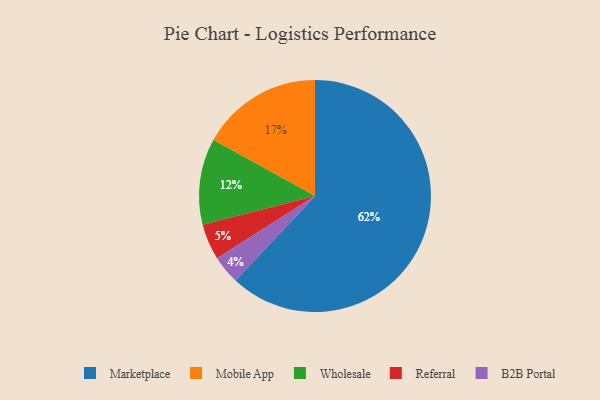
{"axis": {"x": "Category", "y": "Percentage"}, "legend": ["B2B Portal", "Marketplace", "Mobile App", "Referral", "Wholesale"], "data": [{"x": "Mobile App", "y": 17, "type": "Mobile App"}, {"x": "Marketplace", "y": 62, "type": "Marketplace"}, {"x": "Wholesale", "y": 12, "type": "Wholesale"}, {"x": "Referral", "y": 5, "type": "Referral"}, {"x": "B2B Portal", "y": 4, "type": "B2B Portal"}]}